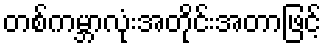
တစ်ကမ္ဘာလုံးအတိုင်းအတာဖြင့်